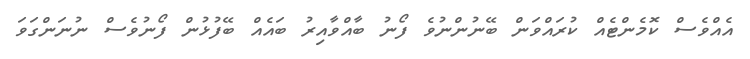
އެއްވެސް ކޮމެންޓެއް ކުރައްވަން ބޭނުންނުވެ ފޯނު ބާއްވާއިރު ބައެއް ބޭފުޅުން ފޯނުވެސް ނުނަންގަވަ